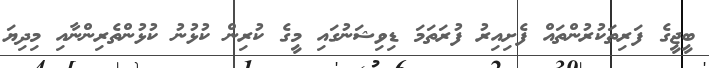
ބީޖީގެ ފަރިތަކުރުންތައް ފެށިއިރު ފުރަތަމަ ޑިވިޝަނުގައި މީގެ ކުރިން ކުޅުނު ކުޅުންތެރިންނާއި މިދިޔަ